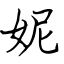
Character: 妮